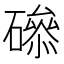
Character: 𥕺